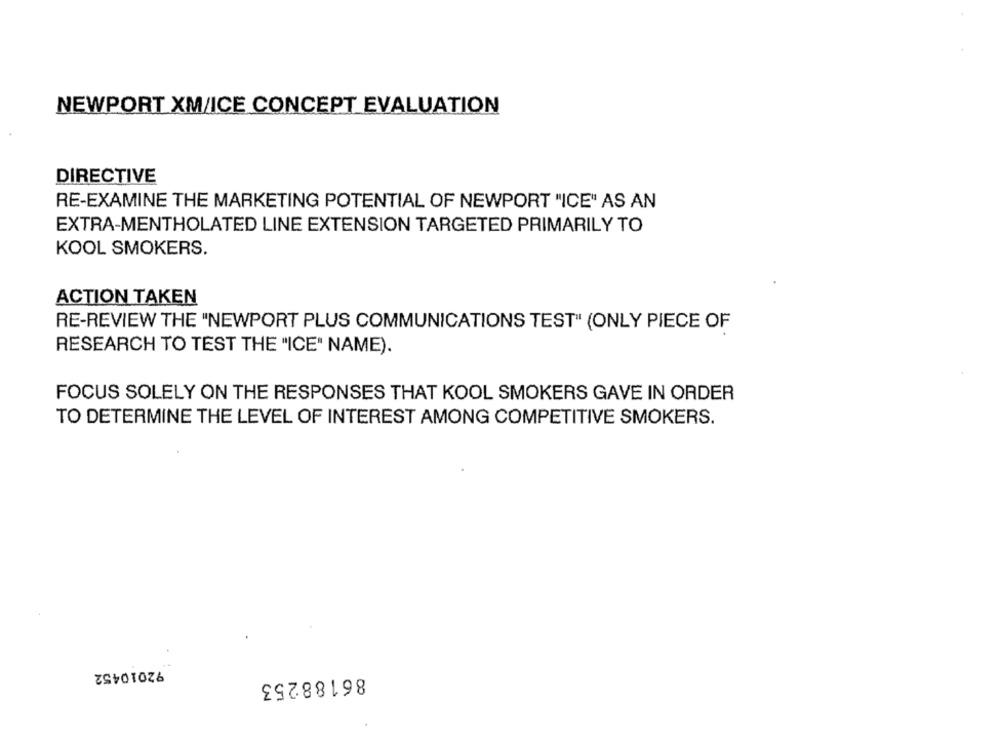
NEWPORT XM/ICE CONCEPT EVALUATION
DIRECTIVE
RE-EXAMINE THE MARKETING POTENTIAL OF NEWPORT "ICE" AS AN
EXTRA-MENTHOLATED LINE EXTENSION TARGETED PRIMARILY TO
KOOL SMOKERS.
ACTION TAKEN
RE-REVIEW THE "NEWPORT PLUS COMMUNICATIONS TEST" (ONLY PIECE OF
RESEARCH TO TEST THE "ICE" NAME).
FOCUS SOLELY ON THE RESPONSES THAT KOOL SMOKERS GAVE IN ORDER
TO DETERMINE THE LEVEL OF INTEREST AMONG COMPETITIVE SMOKERS.
92010452
86188253